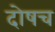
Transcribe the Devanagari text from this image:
दोषच